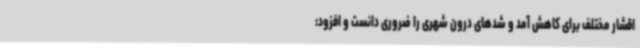
اقشار مختلف برای کاهش آمد و شدهای درون شهری را ضروری دانست و افزود: